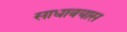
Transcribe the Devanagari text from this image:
साधावयास